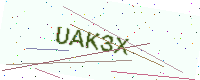
Text: UAK3X